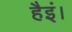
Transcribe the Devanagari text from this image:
हैइं।